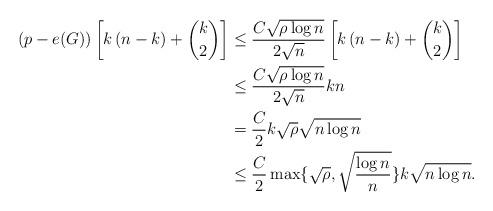
LaTeX: \begin{align*} (p-e(G))\left[ k\left(n-k\right)+\binom{k}{2} \right] & \leq \frac{C \sqrt{\rho \log n}}{2\sqrt{n}}\left[ k\left(n-k\right)+\binom{k}{2} \right] \\& \leq \frac{C \sqrt{\rho \log n}}{2\sqrt{n}}kn\\&= \frac{C}{2}k \sqrt{\rho} \sqrt{n \log n}\\& \leq \frac{C}{2} \max\{\sqrt{\rho},\sqrt{\frac{\log n}{n}}\}k\sqrt{n \log n} . \end{align*}